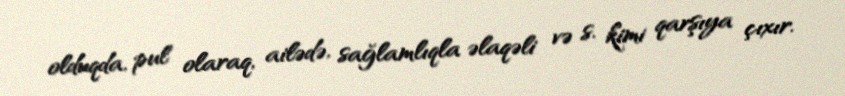
olduqda, pul olaraq, ailədə, sağlamlıqla əlaqəli və s. kimi qarşıya çıxır.